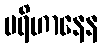
ပရိဟာနေန